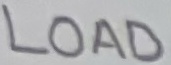
Text: LOAD